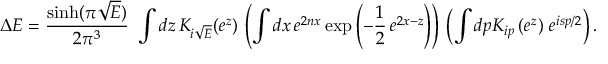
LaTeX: \Delta E = \frac { \sinh ( \pi \sqrt { E } ) } { 2 \pi ^ { 3 } } ~ \int d z \, K _ { i \sqrt { E } } ( e ^ { z } ) \, \left( \int d x \, e ^ { 2 n x } \exp \left( - \frac { 1 } { 2 } \, e ^ { 2 x - z } \right) \right) \, \left( \int d p K _ { i p } \left( e ^ { z } \right) \, e ^ { i s p / 2 } \right) .